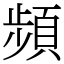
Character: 頻